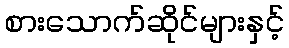
စားသောက်ဆိုင်များနှင့်